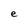
Character: e